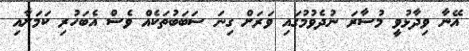
އޭނާ ވިދާޅުވީ މުސާރަ ނުދެވުމުގައި ވަރަށް ގިނަ ސަބަބުތަކެއް ވެސް އެބަހުރި ކަމަށާއި